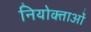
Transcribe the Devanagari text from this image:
नियोक्‍ताओं